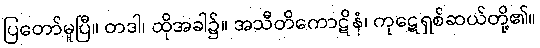
ပြတော်မူပြီ။ တဒါ၊ ထိုအခါ၌။ အသီတိကောဋိနံ၊ ကုဋေရှစ်ဆယ်တို့၏။